Annual report on the working of the mental hospitals in the Madras Presidency - 1912-1932
Year: 1912
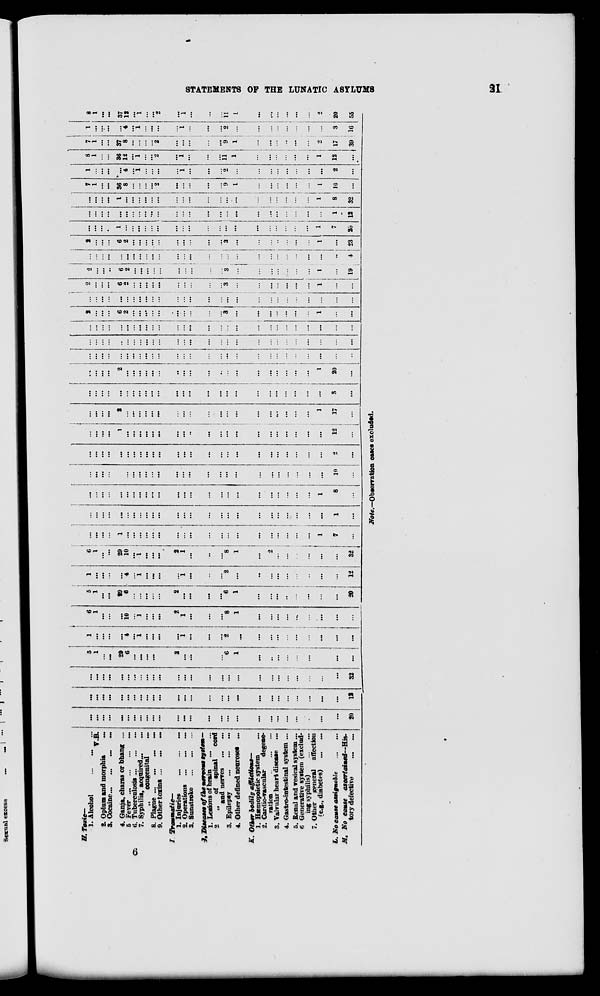
STATEMENTS OF THE LUNATIC ASYLUMS
21
H. Toxic—
1. Alcohol ... ... ...
V.B.
2. Opium and morphia
...
3. Cocaine ... ... ... ...
4. Ganja, charas or bhang ...
5 Fever
...
...
...
...
6. Tuberculosis ... ... ...
7. Syphilis, acquired ... ...
„
congenital ...
8. Plague ... ... ... ...
9. Other toxins ... ... ...
I. Traumatic—
1. Injuries
...
...
...
2. Operations
...
...
...
S. Sunstroke ... ... ...
J. Diseases of the nervous system—
1. Lesions of brain ... ...
2
„
of spinal
cord
and nerves
...
...
3. Epilepsy
...
...
...
4. Other defined neuroses ...
K. Other bodily
affliction—
1. Hæmopoietic system ...
2. Cardio-vascular
degene-
ration
...
...
...
3. Valvular heart disease ...
4. Gastro-intestinal system ...
5. Renal and vesical system ...
6 Generative system (exclud-
ing syphilis)
...
...
7. Other general affection
(e.g., diabetes)
... ...
L. No cause assignable
...
...
M. No cause
ascertained—His-
tory defective ... ...
...
...
...
...
...
...
...
...
...
...
...
...
...
...
...
...
...
...
...
...
...
...
...
...
...
...
20
...
...
...
...
...
...
...
...
...
...
...
...
...
...
...
...
...
...
...
...
...
...
...
...
...
...
12
...
...
...
...
...
...
...
...
...
...
...
...
...
...
...
...
...
...
...
...
...
...
...
...
...
...
32
5
1
...
...
29
6
...
...
...
...
...
2
...
...
...
...
6
1
...
...
...
...
...
...
...
...
...
1
...
...
...
...
4
...
1
...
...
...
...
1
...
...
...
2
...
...
...
...
...
...
...
...
...
...
6
1
...
...
...
10
...
1
...
...
...
2
1
...
...
...
8
1
...
...
...
...
...
...
...
...
...
5
1
...
...
29
6
...
...
...
...
...
2
...
...
...
...
6
1
...
...
...
...
...
...
...
...
20
1
...
...
...
...
4
...
1
...
...
...
...
1
...
...
...
2
...
...
...
...
...
...
...
...
...
12
6
1
...
...
29
10
...
1
...
...
...
2
1
...
..
...
8
1
...
2
...
...
...
...
...
...
32
...
...
...
...
1
...
...
...
...
...
...
...
...
...
...
...
...
...
...
...
...
...
...
...
1
7
...
...
...
...
...
...
...
...
...
...
...
...
...
...
...
...
...
...
...
...
...
...
...
...
...
...
1
...
...
...
...
...
...
...
...
...
...
...
...
...
...
...
...
...
...
...
...
...
...
...
...
...
1
8
...
...
...
...
...
...
...
...
...
...
...
...
...
...
...
...
...
...
...
...
...
...
...
...
...
...
10
...
...
...
...
...
...
...
...
...
...
...
...
...
...
...
...
...
...
...
...
...
...
...
...
...
...
2
...
...
...
...
...
1
...
...
...
...
...
...
...
...
...
...
...
...
...
...
...
...
...
...
...
...
12
...
...
...
...
...
2
...
...
...
...
...
...
...
...
...
...
...
...
...
...
...
...
...
...
...
1
17
...
...
...
...
...
...
...
...
...
...
...
...
...
...
...
...
...
...
...
...
...
...
...
...
...
...
3
...
...
...
...
...
2
...
...
...
...
...
...
...
...
...
...
...
...
...
...
...
...
...
...
...
1
20
...
...
...
...
...
...
...
...
...
...
...
...
...
...
...
...
...
...
...
...
...
...
...
...
...
...
...
...
...
...
...
...
...
...
...
...
...
...
...
...
...
...
...
...
...
...
...
...
...
...
...
...
...
...
...
...
...
...
...
...
...
...
...
...
...
...
...
...
...
...
...
...
...
...
...
...
...
...
...
...
...
...
2
...
...
...
6
2
...
...
...
...
...
...
...
...
...
...
3
...
...
...
...
...
...
...
1
...
...
...
...
...
...
...
...
...
...
...
...
...
...
...
...
...
...
...
...
...
...
...
...
...
...
...
...
...
2
...
...
...
6
2
...
...
...
...
...
...
...
...
...
...
3
...
...
...
...
...
...
...
1
...
...
2
...
...
...
6
2
...
...
...
...
...
...
...
...
...
...
3
...
...
...
...
...
...
...
1
...
19
...
...
...
...
...
...
...
...
...
...
...
...
...
...
...
...
...
...
...
...
...
...
...
...
...
...
1
2
...
...
...
6
2
...
...
...
....
...
...
...
...
...
...
3
...
...
...
...
...
...
...
1
...
23
...
...
...
...
1
...
...
...
...
...
...
...
...
...
...
...
...
...
...
...
...
...
...
...
1
7
20
...
...
...
...
...
...
...
...
...
...
...
...
...
...
...
...
...
...
...
...
...
...
...
...
...
1
12
...
...
...
...
1
...
...
...
...
...
...
...
...
...
...
...
...
...
...
...
...
...
...
...
1
8
32
7
1
...
...
36
8
...
...
...
...
2
...
...
...
...
...
9
1
...
...
...
...
...
...
1
10
...
1
...
...
...
...
4
...
1
...
...
...
...
1
...
...
...
2
...
...
...
...
...
...
...
...
2
...
8
1
...
...
36
12
...
1
...
...
2
...
1
...
...
...
11
1
...
...
...
...
...
...
1
12
...
7
1
...
...
37
8
...
...
...
...
2
...
...
...
...
...
9
1
...
...
...
...
...
...
2
17
39
1
...
...
...
...
4
...
1
...
...
...
...
1
...
...
...
2
...
...
...
...
...
...
...
...
3
16
8
1
...
...
37
12
...
1
...
...
2
...
1
...
...
...
11
1
...
...
...
...
...
...
2
20
55
Note.—Observation cases excluded.
6